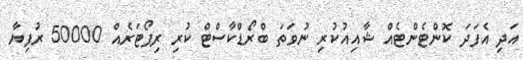
އަދި އެފަދަ ކޮންޓެންޓެއް ޝާއިއުކުރި ނުވަތަ ބްރޯޑްކާސްޓް ކުރި ރިޕޯޓަރެއް 50000 ރުފިޔާ